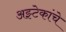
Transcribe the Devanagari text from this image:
अझ्टेकांचे